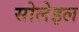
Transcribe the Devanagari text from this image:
सोलेइल